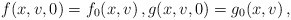
\begin{align*} f(x,v,0) = f_0(x,v) \,,g(x,v,0) = g_0(x,v) \,,\end{align*}